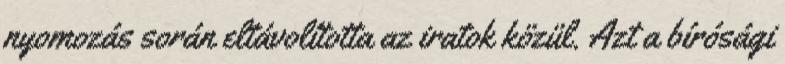
nyomozás során eltávolította az iratok közül. Azt a bírósági